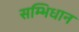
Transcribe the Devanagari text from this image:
सम्भिधान